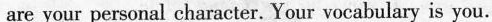
are your personal character. Your vocabulary is you.